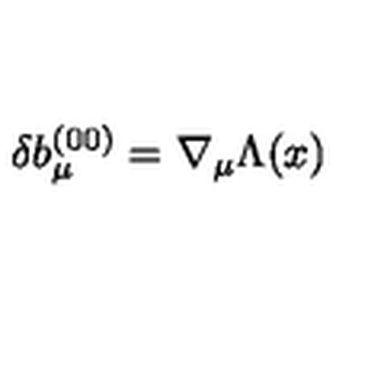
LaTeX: \delta b _ { \mu } ^ { ( 0 0 ) } = \nabla _ { \mu } \Lambda ( x )